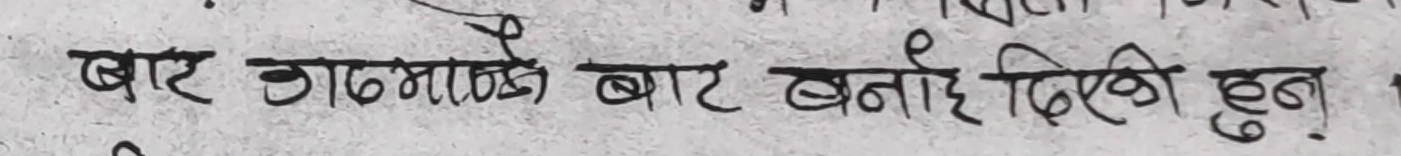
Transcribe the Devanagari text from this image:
बार ठाठ्‌ठ्‌याले बार बनाई दिएकी हुन् ।